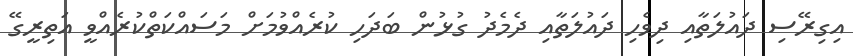
އިގިރޭސި ދައުލަތާއި ދިވެހި ދައުލަތާއި ދެމެދު ގުޅުން ބަދަހި ކުރެއްވުމަށް މަސައްކަތްކުރެއްވީ އަތިރީގޭ